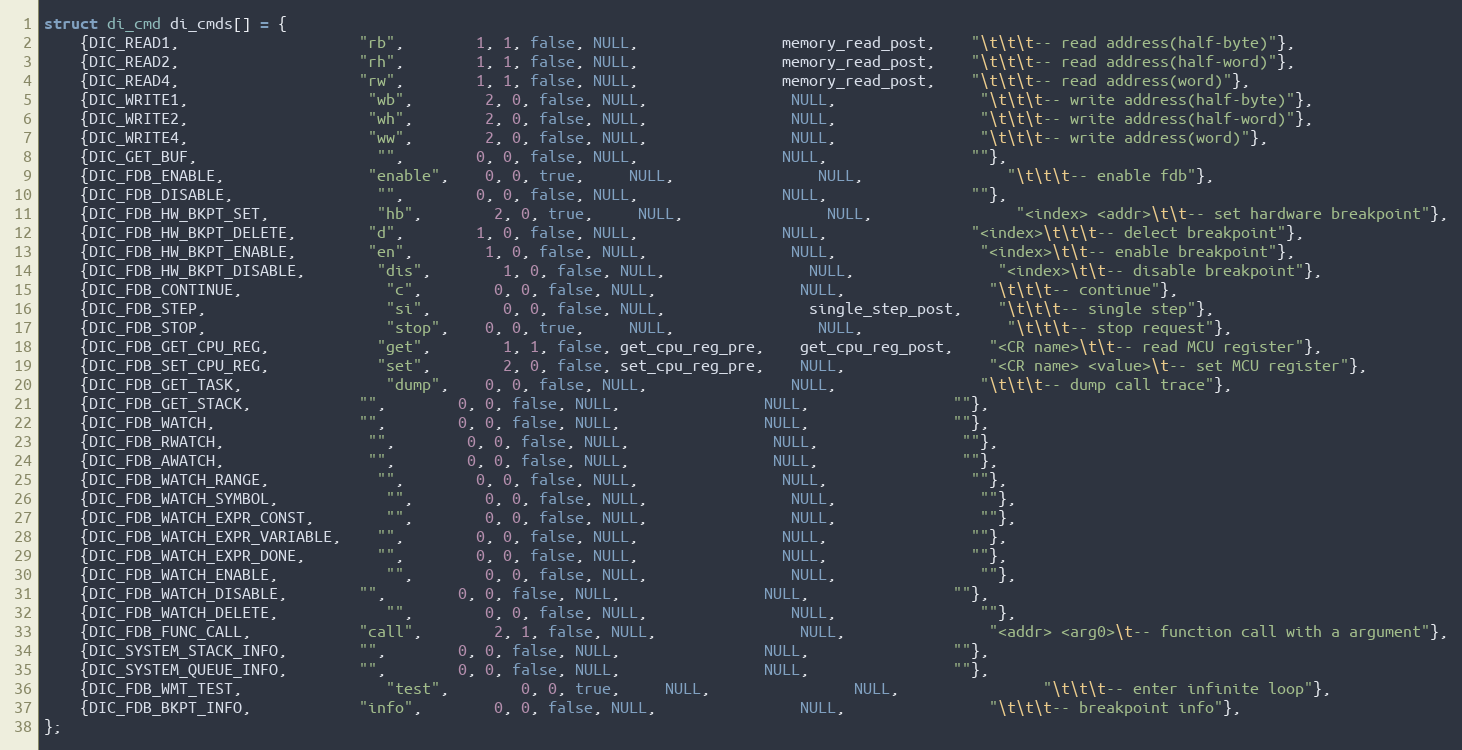
Language: C
struct di_cmd di_cmds[] = {
	{DIC_READ1, 					"rb", 		1, 1, false, NULL, 				memory_read_post, 	"\t\t\t-- read address(half-byte)"},
    {DIC_READ2, 					"rh", 		1, 1, false, NULL, 				memory_read_post, 	"\t\t\t-- read address(half-word)"},
    {DIC_READ4, 					"rw", 		1, 1, false, NULL, 				memory_read_post, 	"\t\t\t-- read address(word)"},
    {DIC_WRITE1, 					"wb", 		2, 0, false, NULL, 				NULL, 				"\t\t\t-- write address(half-byte)"},
    {DIC_WRITE2, 					"wh", 		2, 0, false, NULL, 				NULL, 				"\t\t\t-- write address(half-word)"},
    {DIC_WRITE4, 					"ww", 		2, 0, false, NULL, 				NULL, 				"\t\t\t-- write address(word)"},
    {DIC_GET_BUF,					"", 		0, 0, false, NULL, 				NULL, 				""},
    {DIC_FDB_ENABLE, 				"enable", 	0, 0, true,	 NULL, 				NULL, 				"\t\t\t-- enable fdb"},
    {DIC_FDB_DISABLE, 				"", 		0, 0, false, NULL, 				NULL, 				""},
    {DIC_FDB_HW_BKPT_SET, 			"hb", 		2, 0, true,	 NULL, 				NULL, 				"<index> <addr>\t\t-- set hardware breakpoint"},
    {DIC_FDB_HW_BKPT_DELETE, 		"d", 		1, 0, false, NULL, 				NULL, 				"<index>\t\t\t-- delect breakpoint"},
    {DIC_FDB_HW_BKPT_ENABLE, 		"en", 		1, 0, false, NULL, 				NULL, 				"<index>\t\t-- enable breakpoint"},
    {DIC_FDB_HW_BKPT_DISABLE, 		"dis", 		1, 0, false, NULL, 				NULL, 				"<index>\t\t-- disable breakpoint"},
    {DIC_FDB_CONTINUE, 				"c", 		0, 0, false, NULL, 				NULL, 				"\t\t\t-- continue"},
    {DIC_FDB_STEP, 					"si", 		0, 0, false, NULL, 				single_step_post, 	"\t\t\t-- single step"},
    {DIC_FDB_STOP, 					"stop", 	0, 0, true,	 NULL, 				NULL, 				"\t\t\t-- stop request"},
    {DIC_FDB_GET_CPU_REG, 			"get", 		1, 1, false, get_cpu_reg_pre, 	get_cpu_reg_post, 	"<CR name>\t\t-- read MCU register"},
    {DIC_FDB_SET_CPU_REG, 			"set", 		2, 0, false, set_cpu_reg_pre, 	NULL, 				"<CR name> <value>\t-- set MCU register"},
    {DIC_FDB_GET_TASK, 				"dump", 	0, 0, false, NULL, 				NULL, 				"\t\t\t-- dump call trace"},
    {DIC_FDB_GET_STACK, 			"", 		0, 0, false, NULL, 				NULL, 				""},
    {DIC_FDB_WATCH, 				"", 		0, 0, false, NULL, 				NULL, 				""},
    {DIC_FDB_RWATCH, 				"", 		0, 0, false, NULL, 				NULL, 				""},
    {DIC_FDB_AWATCH, 				"", 		0, 0, false, NULL, 				NULL, 				""},
    {DIC_FDB_WATCH_RANGE, 			"", 		0, 0, false, NULL, 				NULL, 				""},
    {DIC_FDB_WATCH_SYMBOL, 			"", 		0, 0, false, NULL, 				NULL, 				""},
    {DIC_FDB_WATCH_EXPR_CONST, 		"", 		0, 0, false, NULL, 				NULL, 				""},
    {DIC_FDB_WATCH_EXPR_VARIABLE, 	"", 		0, 0, false, NULL, 				NULL, 				""},
    {DIC_FDB_WATCH_EXPR_DONE, 		"", 		0, 0, false, NULL, 				NULL, 				""},
    {DIC_FDB_WATCH_ENABLE, 			"", 		0, 0, false, NULL, 				NULL, 				""},
    {DIC_FDB_WATCH_DISABLE, 		"", 		0, 0, false, NULL, 				NULL, 				""},
    {DIC_FDB_WATCH_DELETE, 			"", 		0, 0, false, NULL, 				NULL, 				""},
    {DIC_FDB_FUNC_CALL, 			"call",		2, 1, false, NULL, 				NULL, 				"<addr> <arg0>\t-- function call with a argument"},
    {DIC_SYSTEM_STACK_INFO, 		"", 		0, 0, false, NULL, 				NULL, 				""},
    {DIC_SYSTEM_QUEUE_INFO, 		"", 		0, 0, false, NULL, 				NULL, 				""},
	{DIC_FDB_WMT_TEST, 				"test",		0, 0, true,	 NULL, 				NULL, 				"\t\t\t-- enter infinite loop"},
    {DIC_FDB_BKPT_INFO, 			"info",		0, 0, false, NULL, 				NULL, 				"\t\t\t-- breakpoint info"},
};